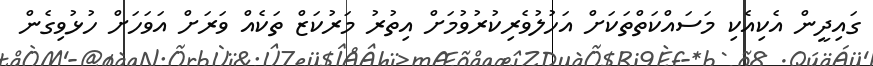
ގައިދީން އެކިއެކި މަސައްކަތްތަކަށް އަހުލުވެރިކުރުވުމަށް އިތުރު މަރުކަޒް ތަކެއް ވަރަށް އަވަހަށް ހުޅުވިގެން